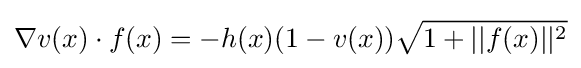
\nabla v(x)\cdot f(x)=-h(x)(1-v(x)){\sqrt {1+||f(x)||^{2}}}